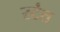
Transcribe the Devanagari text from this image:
रटंत